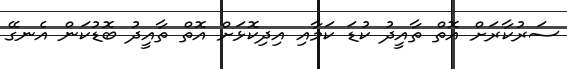
ސަރުކާރަށް އޮތް ތާއީދު ކުޑަ ކަމާއި އިދިކޮޅަށް އޮތް ތާއީދު ބޮޑުކަން އެނގޭ